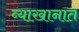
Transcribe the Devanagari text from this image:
व्याखानात